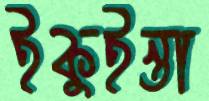
ইকুইন্তা